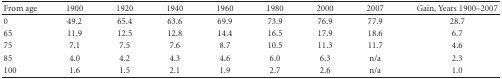
<table><thead><tr><td><b>From age</b></td><td><b>1900</b></td><td><b>1920</b></td><td><b>1940</b></td><td><b>1960</b></td><td><b>1980</b></td><td><b>2000</b></td><td><b>2007</b></td><td><b>Gain, Years 1900–2007</b></td></tr></thead><tbody><tr><td>0</td><td>49.2</td><td>65.4</td><td>63.6</td><td>69.9</td><td>73.9</td><td>76.9</td><td>77.9</td><td>28.7</td></tr><tr><td>65</td><td>11.9</td><td>12.5</td><td>12.8</td><td>14.4</td><td>16.5</td><td>17.9</td><td>18.6</td><td>6.7</td></tr><tr><td>75</td><td>7.1</td><td>7.5</td><td>7.6</td><td>8.7</td><td>10.5</td><td>11.3</td><td>11.7</td><td>4.6</td></tr><tr><td>85</td><td>4.0</td><td>4.2</td><td>4.3</td><td>4.6</td><td>6.0</td><td>6.3</td><td>n/a</td><td>2.3</td></tr><tr><td>100</td><td>1.6</td><td>1.5</td><td>2.1</td><td>1.9</td><td>2.7</td><td>2.6</td><td>n/a</td><td>1.0</td></tr></tbody></table>